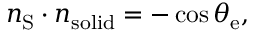
\boldsymbol { n } _ { \mathrm { { S } } } \cdot \boldsymbol { n } _ { \mathrm { { s o l i d } } } = - \cos \theta _ { \mathrm { { e } } } ,